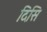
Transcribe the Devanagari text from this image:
दिसि